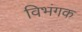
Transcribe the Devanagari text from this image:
विभंगक